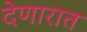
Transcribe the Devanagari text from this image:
देणारात